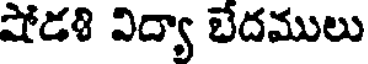
షోడ8 విద్యా బేదములు